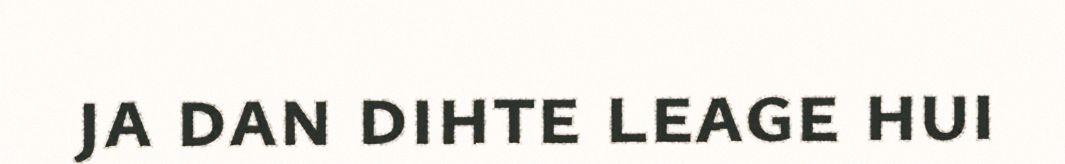
ja dan dihte leage hui